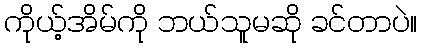
ကိုယ့်အိမ်ကို ဘယ်သူမဆို ခင်တာပဲ။